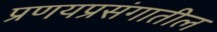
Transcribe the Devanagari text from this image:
प्रणयप्रसंगातील